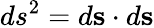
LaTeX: ds^{2}=d{\mathbf s}\cdot d{\mathbf s}